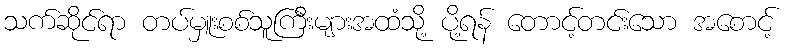
သက်ဆိုင်ရာ တပ်မှူးစစ်သူကြီးများအထံသို့ ပို့ရန် တောင့်တင်းသော အစောင့်